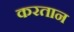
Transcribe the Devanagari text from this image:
करतान